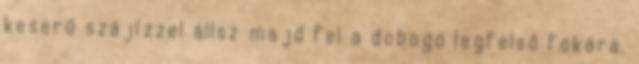
keserű szájízzel állsz majd fel a dobogó legfelső fokára.